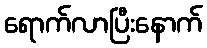
ရောက်လာပြီးနောက်